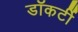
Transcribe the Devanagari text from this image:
डॉकर्टी